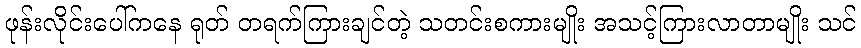
ဖုန်းလိုင်းပေါ်ကနေ ရုတ် တရက်ကြားချင်တဲ့ သတင်းစကားမျိုး အသင့်ကြားလာတာမျိုး သင်